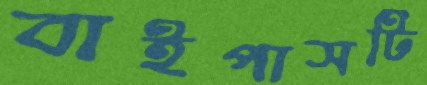
বাইপাসটি